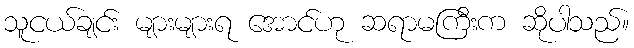
သူငယ်ချင်း များများရ အောင်ဟု ဆရာမကြီးက ဆိုပါသည်။